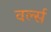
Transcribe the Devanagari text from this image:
वर्ल्स